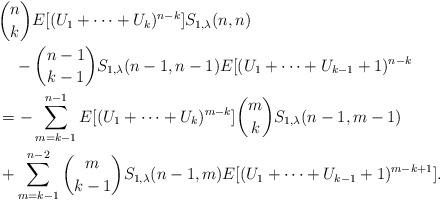
LaTeX: \begin{align*}&{n \choose k} E[(U_1+\cdots+U_k)^{n-k}] S_{1,\lambda }(n,n) \\&\quad- {n-1 \choose k-1} S_{1,\lambda }(n-1,n-1) E[(U_1+\cdots+U_{k-1}+1)^{n-k}\\&=-\sum_{m=k-1}^{n-1} E[(U_1+\cdots+U_k)^{m-k}] {m \choose k} S_{1,\lambda }(n-1,m-1)\\&+ \sum_{m=k-1}^{n-2}{m \choose k-1} S_{1,\lambda }(n-1,m) E[(U_1+\cdots +U_{k-1}+1)^{m-k+1}].\end{align*}